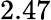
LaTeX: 2.47